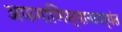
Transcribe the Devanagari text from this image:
अफगाणिस्थानापर्यंत